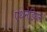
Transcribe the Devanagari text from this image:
एथेनेडियल